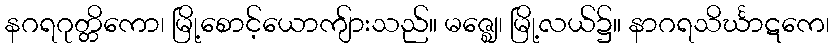
နဂရဂုတ္တိကော၊ မြို့စောင့်ယောကျ်ားသည်။ မဇ္ဈေ၊ မြို့လယ်၌။ နာဂရသိင်္ဃာဋကေ၊